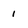
Character: 1